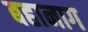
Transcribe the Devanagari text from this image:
बहानाग